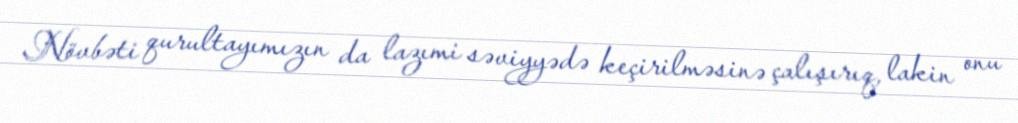
Növbəti qurultayımızın da lazımi səviyyədə keçirilməsinə çalışırıq, lakin onu